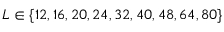
L \in \{ 1 2 , 1 6 , 2 0 , 2 4 , 3 2 , 4 0 , 4 8 , 6 4 , 8 0 \}